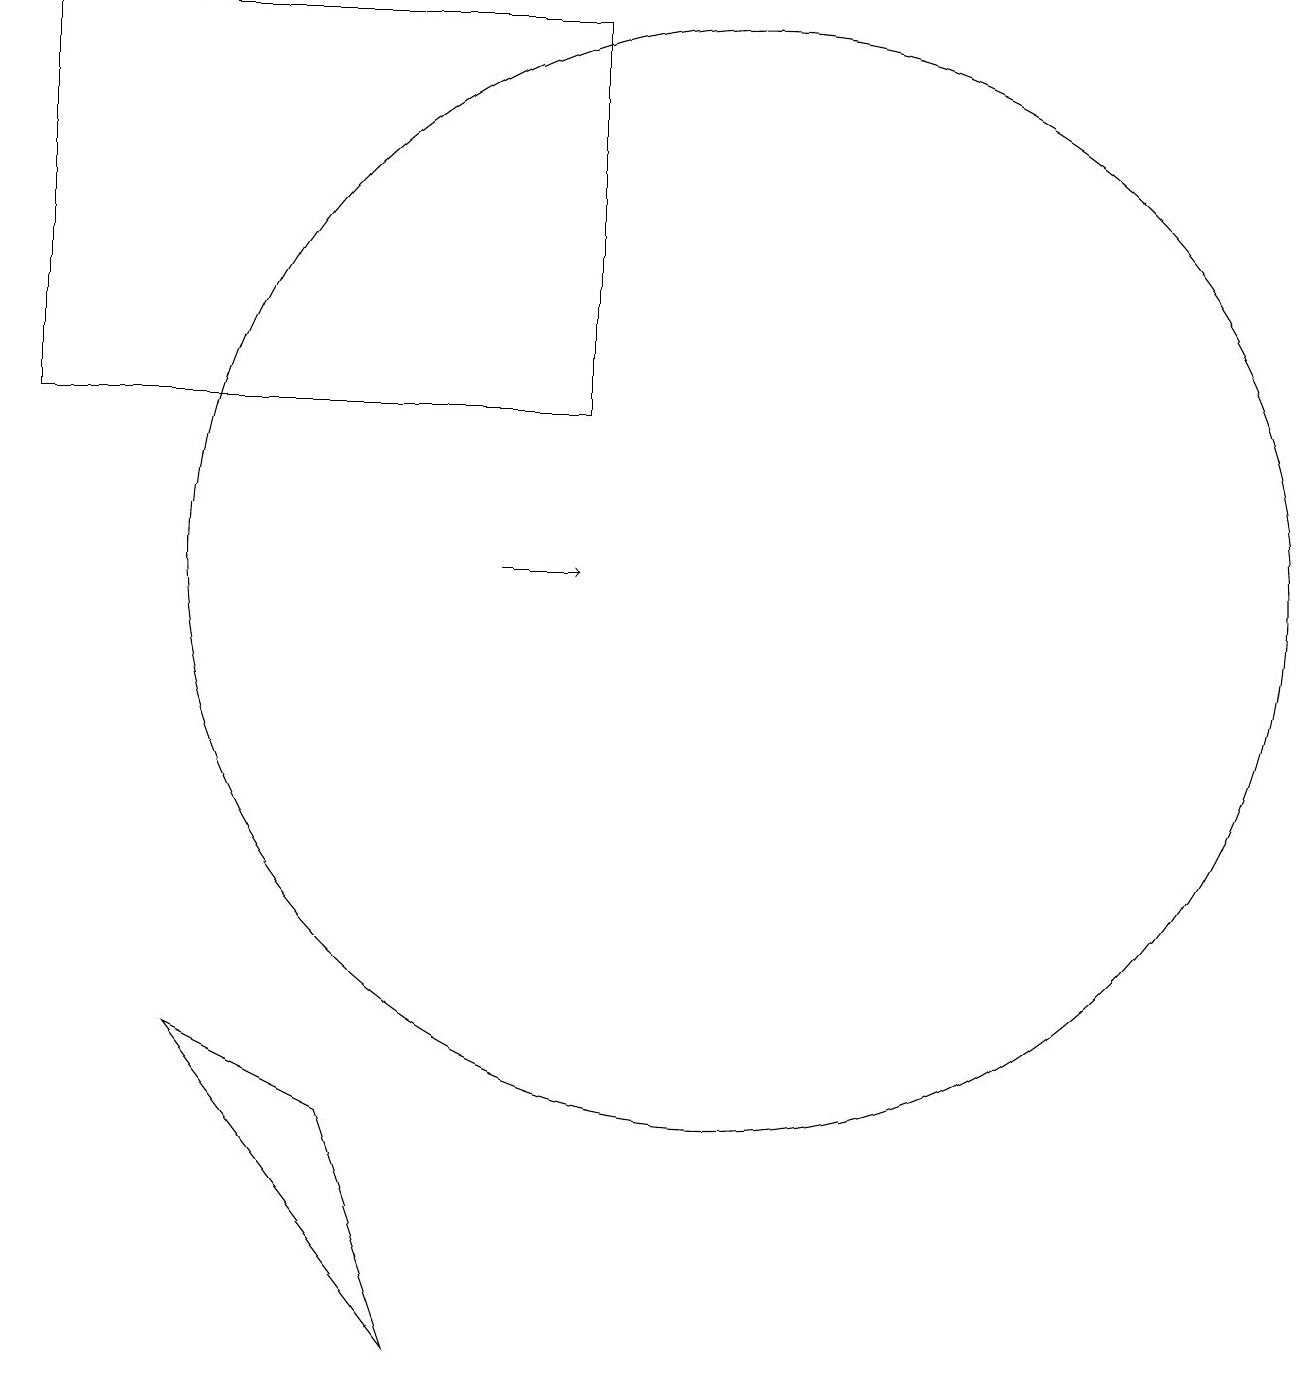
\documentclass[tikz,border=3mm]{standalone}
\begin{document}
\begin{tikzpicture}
\draw (1,19) rectangle (8,14);
\draw (10,12) circle (7);
\draw[->] (7,12) -- (8,12);
\draw (3,6) -- (5,5) -- (6,2) -- cycle;
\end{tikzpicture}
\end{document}